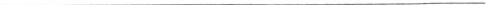
___